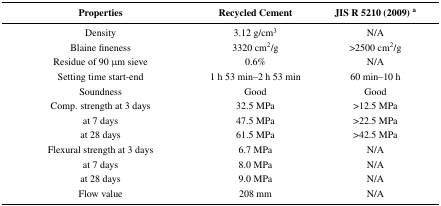
<table><thead><tr><td><b>Properties</b></td><td><b>Recycled Cement</b></td><td><b>JIS R 5210 (2009) <sup>a</sup></b></td></tr></thead><tbody><tr><td>Density</td><td>3.12 g/cm<sup>3</sup></td><td>N/A</td></tr><tr><td>Blaine fineness</td><td>3320 cm<sup>2</sup>/g</td><td>&gt;2500 cm<sup>2</sup>/g</td></tr><tr><td>Residue of 90 μm sieve</td><td>0.6%</td><td>N/A</td></tr><tr><td>Setting time start-end</td><td>1 h 53 min–2 h 53 min</td><td>60 min–10 h</td></tr><tr><td>Soundness</td><td>Good</td><td>Good</td></tr><tr><td>Comp. strength at 3 days</td><td>32.5 MPa</td><td>&gt;12.5 MPa</td></tr><tr><td>at 7 days </td><td>47.5 MPa</td><td>&gt;22.5 MPa</td></tr><tr><td>at 28 days</td><td>61.5 MPa</td><td>&gt;42.5 MPa</td></tr><tr><td>Flexural strength at 3 days</td><td>6.7 MPa</td><td>N/A</td></tr><tr><td>at 7 days</td><td>8.0 MPa</td><td>N/A</td></tr><tr><td>at 28 days</td><td>9.0 MPa</td><td>N/A</td></tr><tr><td>Flow value</td><td>208 mm</td><td>N/A</td></tr></tbody></table>